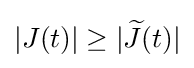
|J(t)|\geq |{\widetilde {J}}(t)|